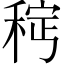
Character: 𫀵